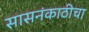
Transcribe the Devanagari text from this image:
सासनंकाठीचा